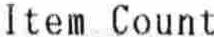
ITEM COUNT